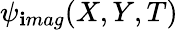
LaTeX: \psi_{\mathbf{i}mag}(X,Y,T)